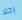
رحلا